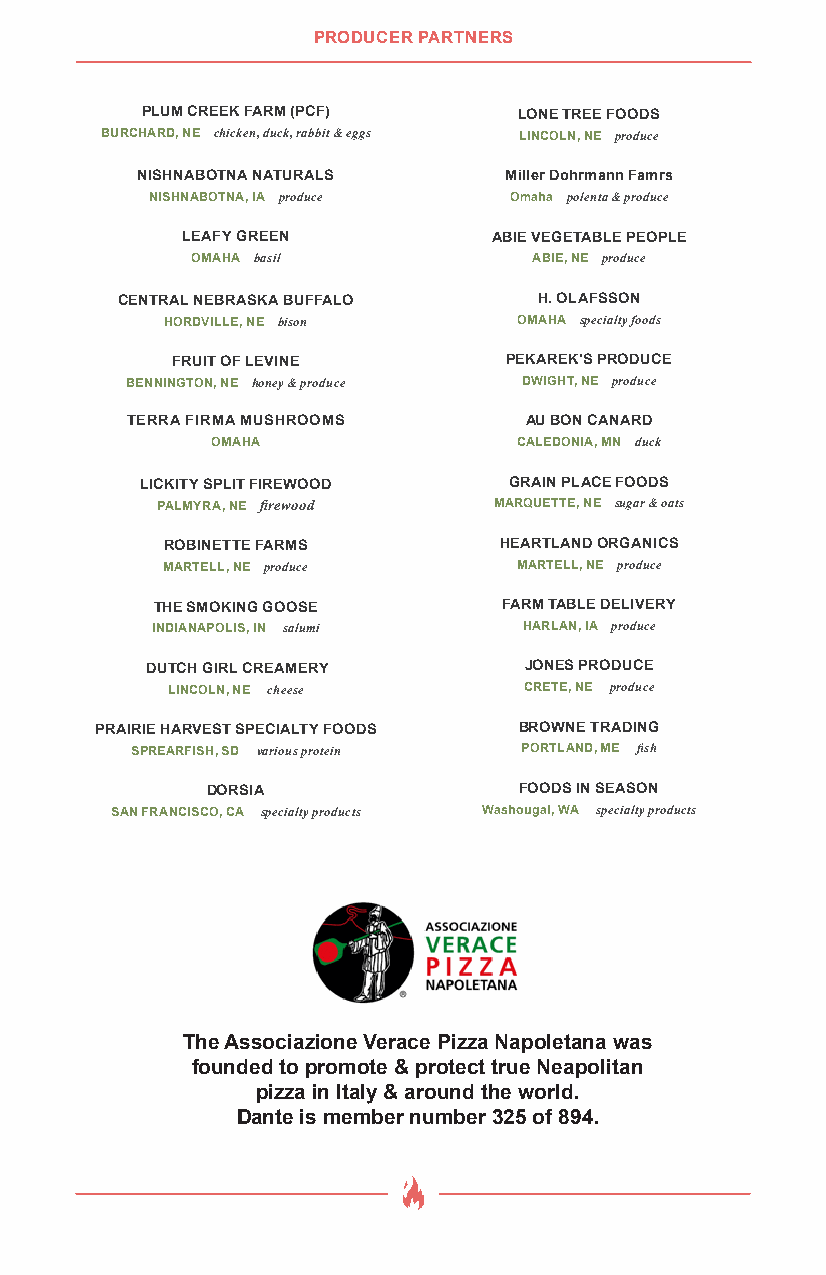
PRODUCER PARTNERS
 PLUM CREEK FARM (PCF)    LONE TREE FOODS
 BURCHARD, NE chicken, duck, rabbit & eggs LINCOLN, NE produce
 NISHNABOTNA NATURALS    Miller Dohrmann Famrs
 NISHNABOTNA, IA produce Omaha polenta & produce
 LEAFY GREEN          ABIE VEGETABLE PEOPLE
 OMAHA basil           ABIE, NE produce
 CENTRAL NEBRASKA BUFFALO    H. OLAFSSON
 HORDVILLE, NE bison    OMAHA specialty foods
 FRUIT OF LEVINE       PEKAREK'S PRODUCE
 BENNINGTON, NE honey & produce DWIGHT, NE produce
 TERRA FIRMA MUSHROOMS      AU BON CANARD
 OMAHA               CALEDONIA, MN duck
 LICKITY SPLIT FIREWOOD   GRAIN PLACE FOODS
 PALMYRA, NE firewood   MARQUETTE, NE sugar & oats
 ROBINETTE FARMS       HEARTLAND ORGANICS
 MARTELL, NE produce    MARTELL, NE produce
 THE SMOKING GOOSE      FARM TABLE DELIVERY
 INDIANAPOLIS, IN salumi  HARLAN, IA produce
 DUTCH GIRL CREAMERY      JONES PRODUCE
 LINCOLN, NE cheese      CRETE, NE produce
 PRAIRIE HARVEST SPECIALTY FOODS BROWNE TRADING
 SPREARFISH, SD various protein PORTLAND, ME fish
 DORSIA              FOODS IN SEASON
 SAN FRANCISCO, CA specialty products Washougal, WA specialty products
 The Associazione Verace Pizza Napoletana was
 founded to promote & protect true Neapolitan
 pizza in Italy & around the world.
 Dante is member number 325 of 894.